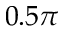
0 . 5 \pi